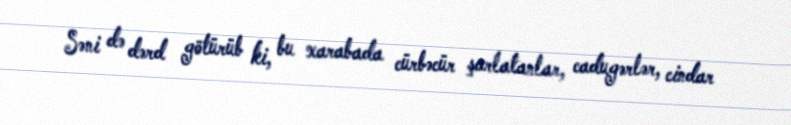
Səni də dərd götürüb ki, bu xarabada cürbəcür şarlatanlar, cadugərlər, cindar